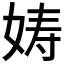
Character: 𫝩